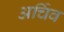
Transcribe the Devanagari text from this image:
अर्चिव